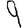
Digit: 9